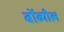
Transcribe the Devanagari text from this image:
बोंब्यील